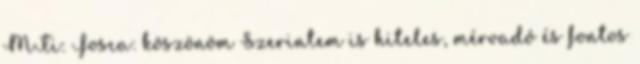
MTi: Fosca: köszönöm Szerintem is hiteles, mérvadó és fontos